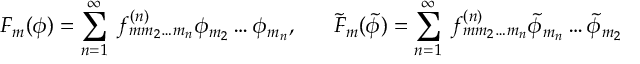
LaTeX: F _ { m } ( \phi ) = \sum _ { n = 1 } ^ { \infty } \; f _ { m m _ { 2 } \ldots m _ { n } } ^ { ( n ) } \phi _ { m _ { 2 } } \ldots \phi _ { m _ { n } } , \; \; \; \; \; \; \tilde { F } _ { m } ( \tilde { \phi } ) = \sum _ { n = 1 } ^ { \infty } \; f _ { m m _ { 2 } \ldots m _ { n } } ^ { ( n ) } \tilde { \phi } _ { m _ { n } } \ldots \tilde { \phi } _ { m _ { 2 } }